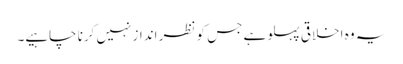
یہ وہ اخلاقی پہلو ہے جس کو نظر انداز نہیں کرنا چاہیے۔